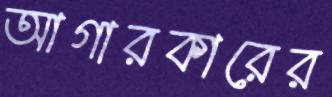
আগারকারের